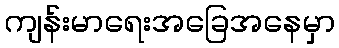
ကျန်းမာရေးအခြေအနေမှာ